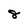
Character: 8